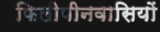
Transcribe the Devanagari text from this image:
फिलीपीनवासियों